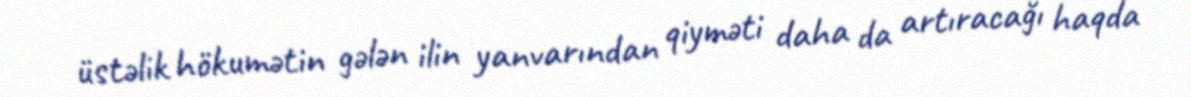
üstəlik hökumətin gələn ilin yanvarından qiyməti daha da artıracağı haqda